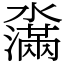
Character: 濷